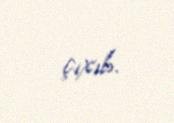
çıxıb.